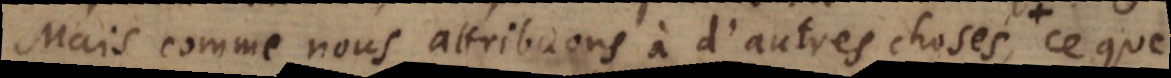
Mais comme nous attribuons à d’autres choses, ce que